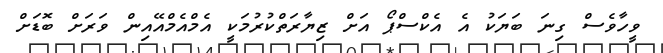
ވީހާވެސް ގިނަ ބަޔަކު އެ އެކްސްޕޯ އަށް ޒިޔާރަތްކުރުމަކީ އެމްއެމްއޭއިން ވަރަށް ބޮޑަށް